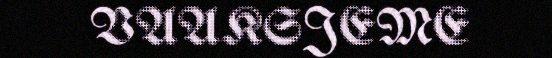
VAAKSJEME